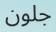
جلون